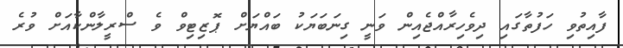
ފާއިތުވި ހަފުތާގައި ދިވެހިރާއްޖެއިން ވަނީ ގިނަބަޔަކު ބައްޔަށް ޕޮޒިޓިވް ވެ ސްރީލާންކާއަށް ވުރެ